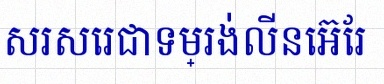
សរសេរជាទម្រង់លីនេអ៊ែរ